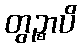
တွဉ္စာပိ